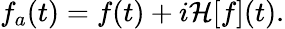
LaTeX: \begin{array}{r}{f_{a}(t)=f(t)+i\mathcal{H}[f](t).}\end{array}